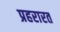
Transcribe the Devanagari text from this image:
प्रहरारत